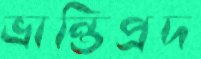
ভ্রান্তিপ্রদ